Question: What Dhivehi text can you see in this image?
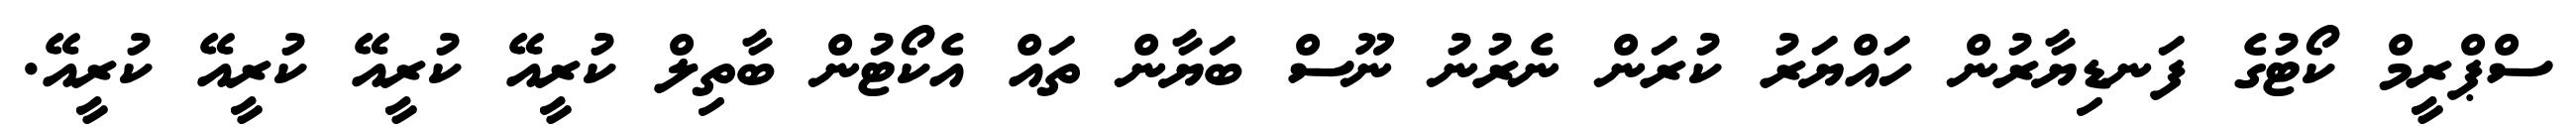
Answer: ސްޕްރީމް ކޯޓުގެ ފަނޑިޔާރުން ހައްޔަރު ކުރަން ނެރުނު ނޫސް ބަޔާން ތައް އެކޯޓުން ބާތިލް ކުރީއޭ ކުރީއޭ ކުރީއޭ ކުރީއޭ.